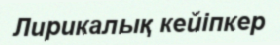
Лирикалық кейіпкер